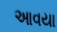
આવયા